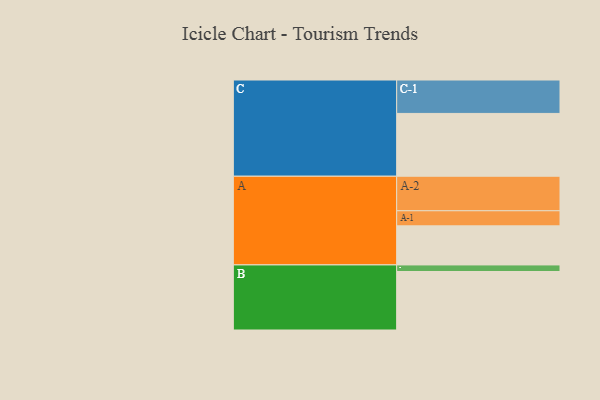
{"axis": {"x": "Segment", "y": "Value"}, "legend": ["", "A", "B", "C"], "data": [{"x": "A", "y": 326, "type": ""}, {"x": "B", "y": 488, "type": ""}, {"x": "C", "y": 524, "type": ""}, {"x": "A-1", "y": 126, "type": "A"}, {"x": "A-2", "y": 288, "type": "A"}, {"x": "B-1", "y": 55, "type": "B"}, {"x": "C-1", "y": 279, "type": "C"}]}